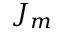
J _ { m }